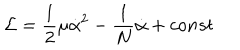
{ \cal L } = \frac { 1 } { 2 } \mu \dot { \alpha } ^ { 2 } - \frac { 1 } { N } \dot { \alpha } + c o n s t